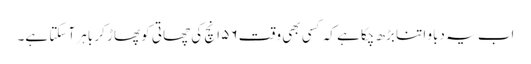
اب یہ دباو اتنا بڑھ چکا ہے کہ کسی بھی وقت ۵۶ انچ کی چھاتی کو پھاڑ کر باہر آ سکتا ہے۔